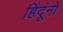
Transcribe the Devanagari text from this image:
हिंदूंनो